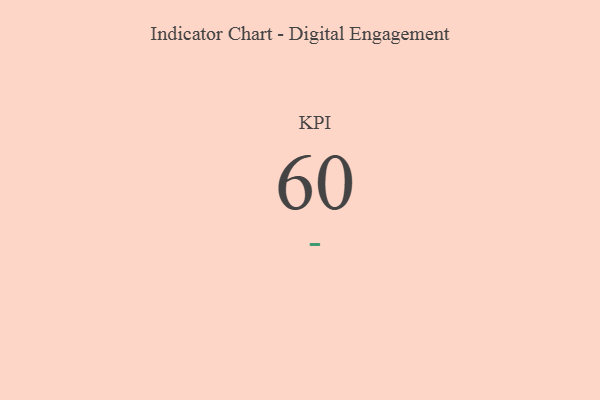
{"axis": {"x": "KPI", "y": "Value"}, "legend": [""], "data": [{"x": "KPI", "y": 60, "type": ""}]}